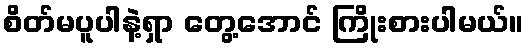
စိတ်မပူပါနဲ့ရှာ တွေ့အောင် ကြိုးစားပါမယ်။